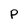
Character: P